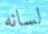
لسانه